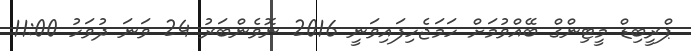
ޕްރީބިޑް މީޓިންގް ބޭއްވުމަށް ހަމަޖެހިފައިވަނީ 2016 ނޮވެންބަރު 24 ވަނަ ދުވަހު 11:00